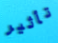
تأثير